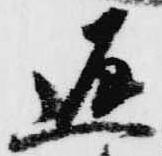
返